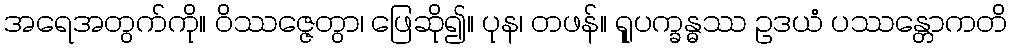
အရေအတွက်ကို။ ဝိဿဇ္ဇေတွာ၊ ဖြေဆို၍။ ပုန၊ တဖန်။ ရူုပက္ခန္ဓဿ ဥဒယံ ပဿန္တောကတိ